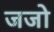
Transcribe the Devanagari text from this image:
जजो